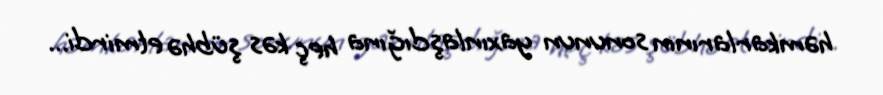
həmkarlarının sonunun yaxınlaşdığına heç kəs şübhə etmirdi...